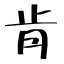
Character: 肯